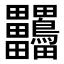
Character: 𪉀